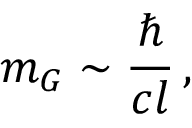
m _ { G } \sim \frac { \hbar } { c l } \, ,